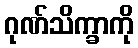
ဂုဏ်သိက္ခာကို